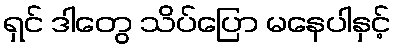
ရှင် ဒါတွေ သိပ်ပြော မနေပါနှင့်